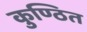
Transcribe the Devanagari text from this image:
कुण्ठित